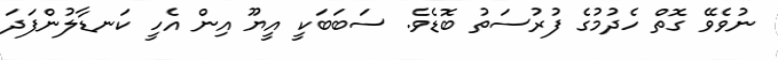
ނުވެވޭ ގޮތް ހެދުމުގެ ފުރުސަތު ބޮޑެވެ. ސަބަބަކީ އީޔޫ އިން އެހީ ކަނޑާލުންފަދަ